Source: Handwritten
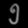
Digit: ၅ (5)